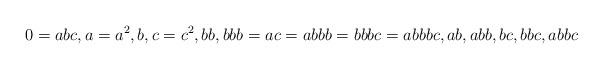
LaTeX: \begin{align*}0=abc,a=a^2,b,c=c^2,bb,bbb=ac=abbb=bbbc=abbbc,ab,abb,bc,bbc,abbc\end{align*}